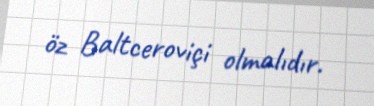
öz Baltceroviçi olmalıdır.